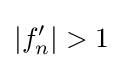
|f_{n}^{\prime }|>1